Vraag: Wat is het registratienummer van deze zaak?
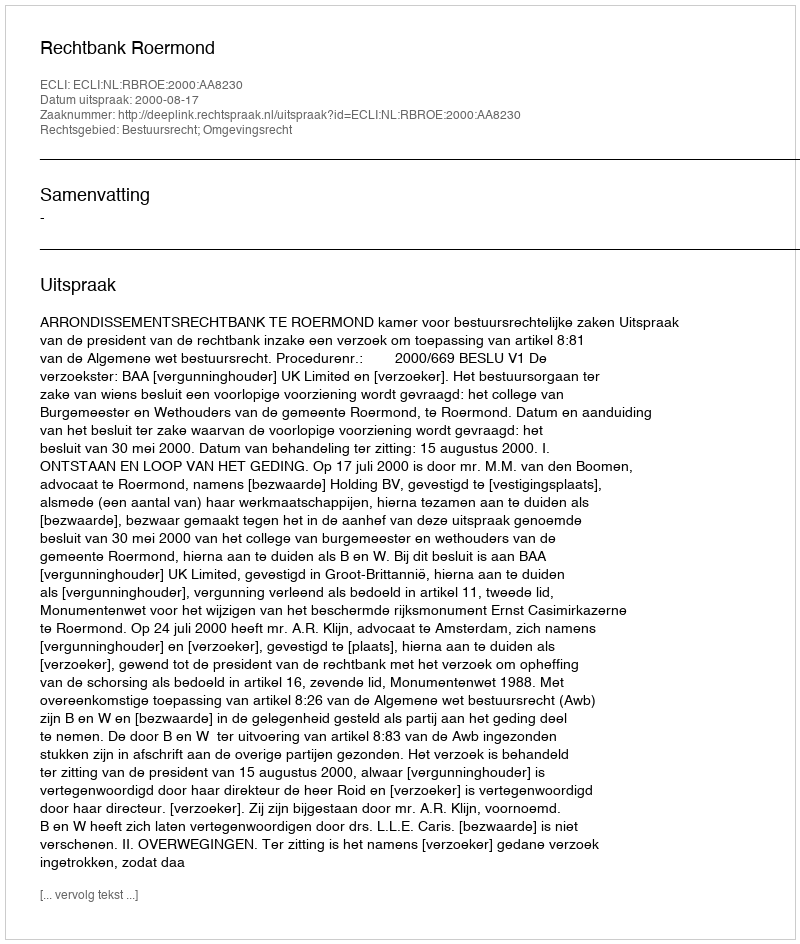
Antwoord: http://deeplink.rechtspraak.nl/uitspraak?id=ECLI:NL:RBROE:2000:AA8230